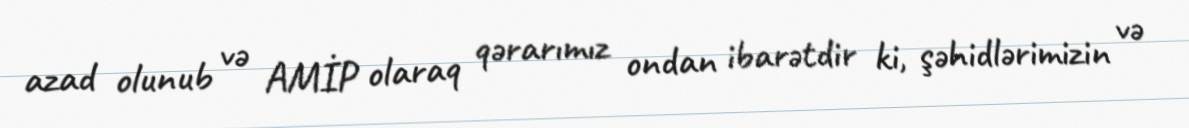
azad olunub və AMİP olaraq qərarımız ondan ibarətdir ki, şəhidlərimizin və